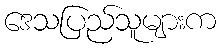
ဒေသပြည်သူများက